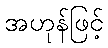
အဟုန်ဖြင့်